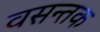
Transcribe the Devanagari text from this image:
वसन्तक